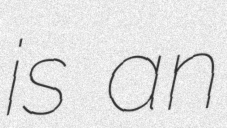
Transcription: is an